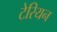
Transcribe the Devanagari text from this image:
टेरियन